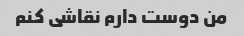
من دوست دارم نقاشی کنم